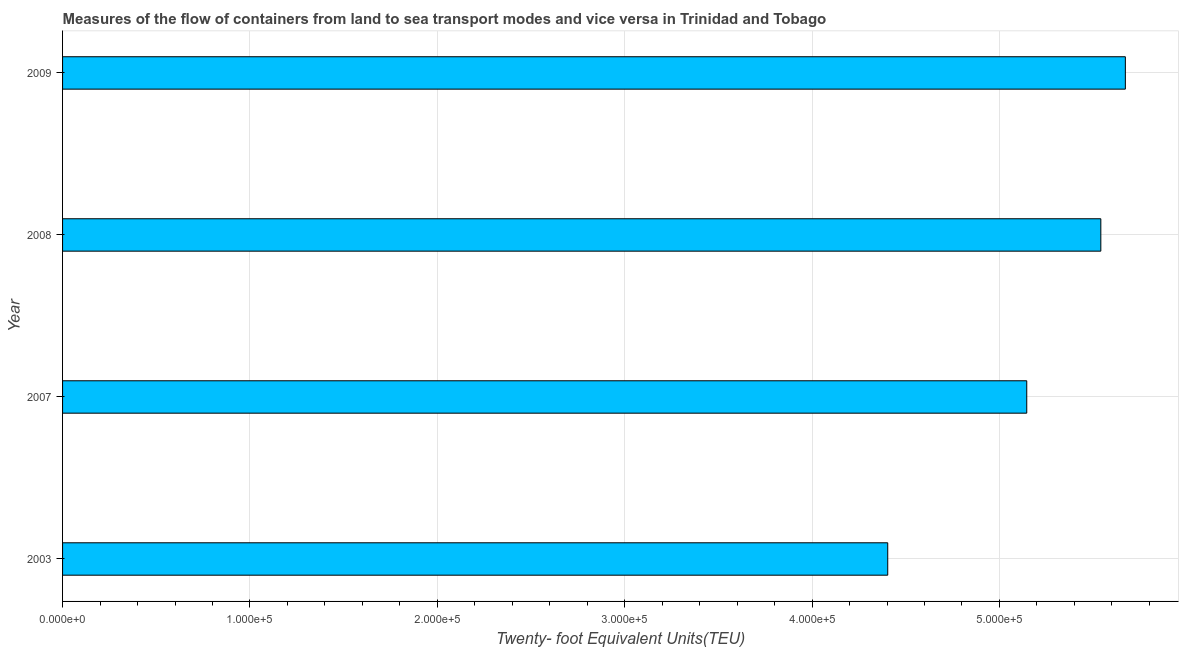
| Year | Container port traffic |
 | --- | --- |
 | 2003 | 4.4e+05 |
 | 2007 | 5.15e+05 |
 | 2008 | 5.54e+05 |
 | 2009 | 5.67e+05 |